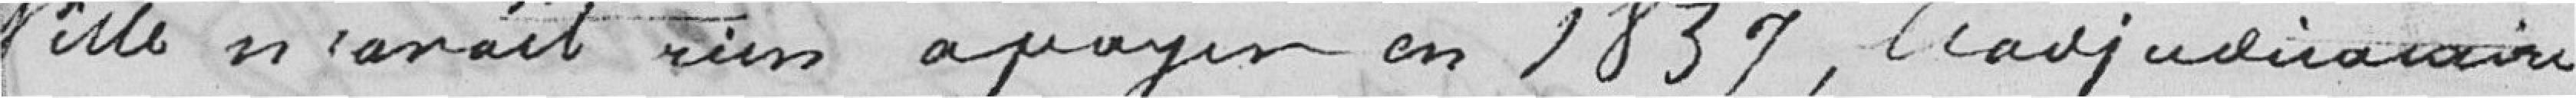
ville n'avait rien à payer en 1839, l'adjudicataire